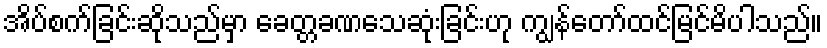
အိပ်စက်ခြင်းဆိုသည်မှာ ခေတ္တခဏသေဆုံးခြင်းဟု ကျွန်တော်ထင်မြင်မိပါသည်။